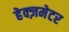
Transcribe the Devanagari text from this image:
हेक्ज़मेटर